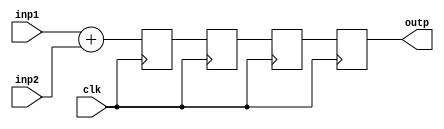
// take 2 inputs of width INP_DW, gives 1 output of width INP_DW+1

module pipelined_adder
    #(parameter
        INP_DW = 8,
        NUM_REG = 4
    )
    (
        input wire clk,
        input wire [INP_DW-1:0] inp1,
        input wire [INP_DW-1:0] inp2,
        output wire [INP_DW:0] outp
    );

    reg[INP_DW:0] regs [1:NUM_REG];
    reg [NUM_REG-1:0] i;   //ideally, width should be number of bits required to contain (NUM_REG-1); 
                           //ie $bits(NUM_REG-1) but $bits doesn't do what we thought it does.
    
    always@(posedge clk) begin
        regs[1] <= inp1 + inp2; 
        for(i = 2; i <= NUM_REG; i = i+1) begin 
            regs[i] <= regs[i-1];
        end
    end

    assign outp = regs[NUM_REG];

endmodule